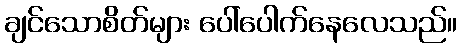
ချင်သောစိတ်များ ပေါ်ပေါက်နေလေသည်။